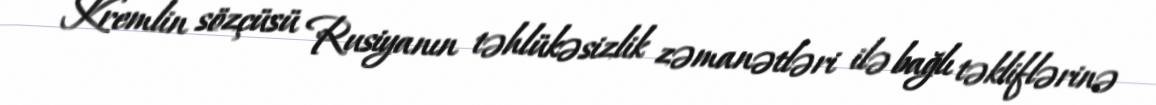
Kremlin sözçüsü Rusiyanın təhlükəsizlik zəmanətləri ilə bağlı təkliflərinə